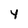
Character: 4